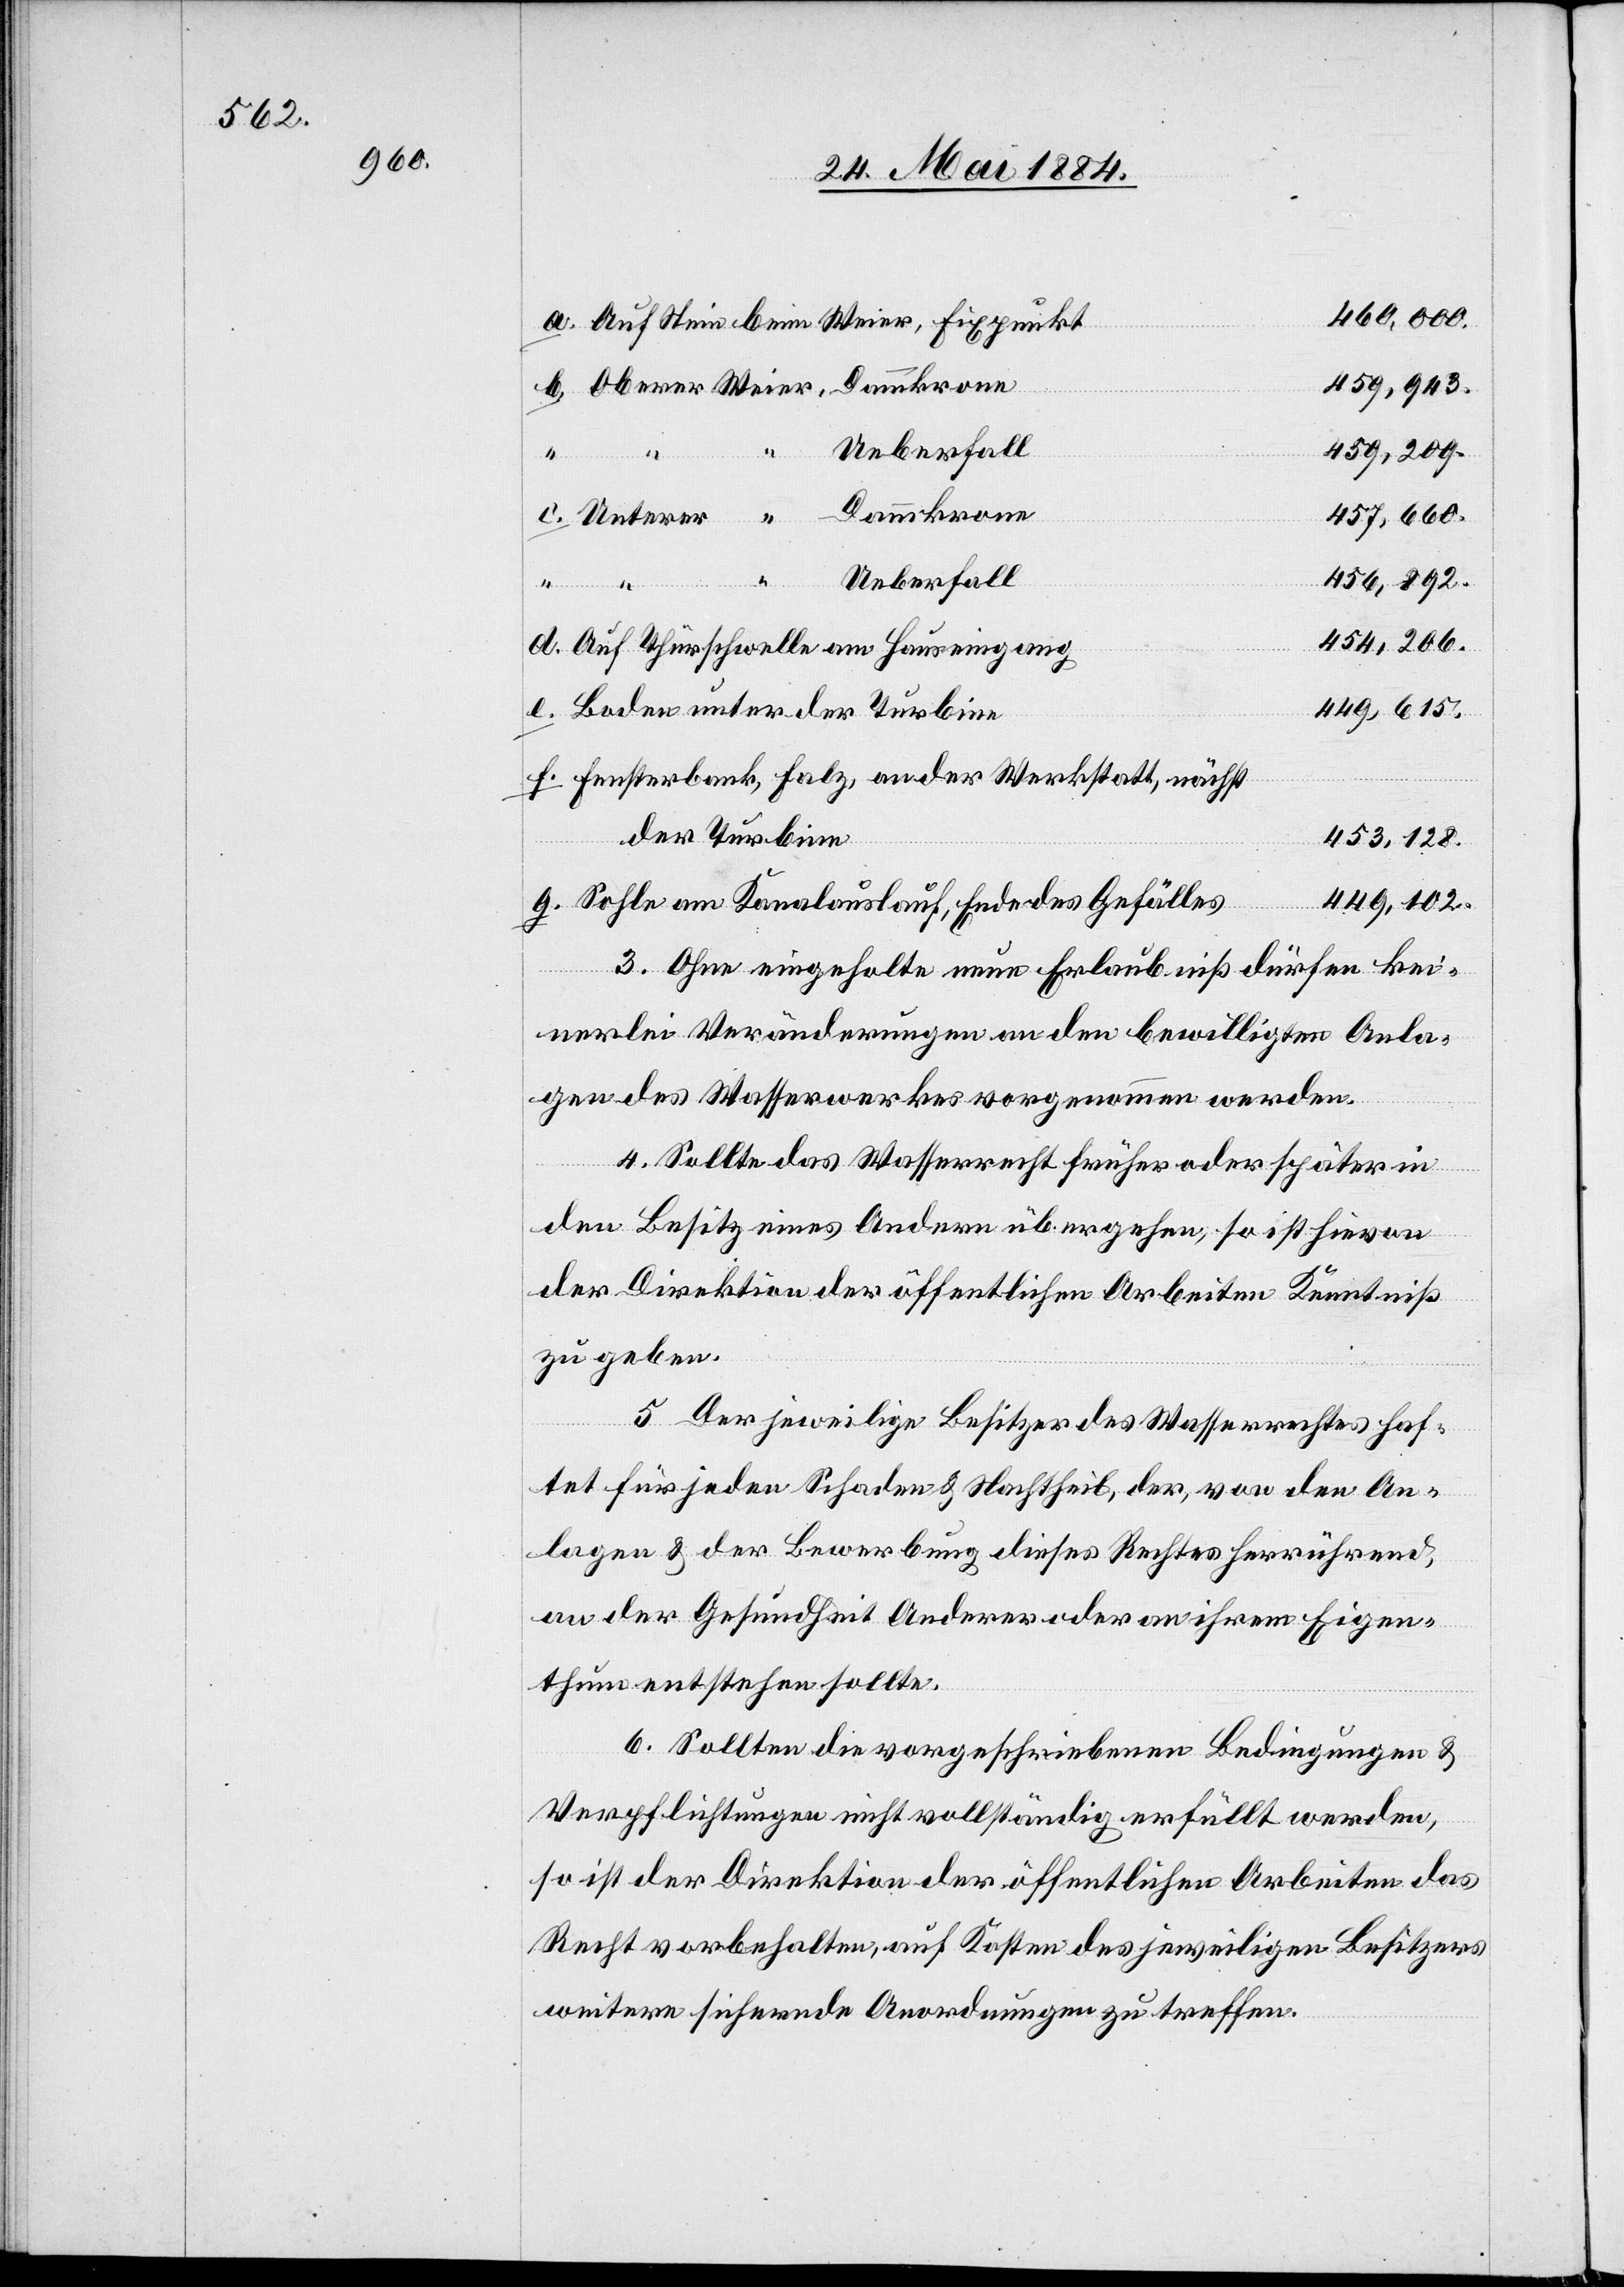
460,000.
459.943.
Unterer
Ueberfall
454,206.
Dammkrone
457,660.
unter
Ueberfall
456,892.
d.
Auf Thürschwelle am Hauseingang
449,615.
Fensterbank, Falz, an der Werkstatt, nächst
der Turbine
g.
453,128.
Sohle am Kanalauslauf, Ende des Gefälles
449,102.
3. Ohne eingeholte neue Erlaubniß dürfen kei¬
nerlei Veränderungen an den bewilligten Anla¬
gen des Wasserwerkes vorgenommen werden.
4. Sollte das Wasserrecht früher oder später in
den Besitz eines Andern übergehen, so ist hievon
der Direktion der öffentlichen Arbeiten Kenntniß
zu geben.
5. Der jeweilige Besitzer des Wasserrechtes haf¬
tet für jeden Schaden & Nachtheil, der, von den An¬
lagen & der Bewerbung dieses Rechtes herrühend,
an der Gesundheit Anderer oder an ihrem Eigen¬
thum entstehen sollte.
6. Sollten die vorgeschriebenen Bedingungen &
Verpflichtungen nicht vollständig erfüllt werden,
so ist der Direktion der öffentlichen Arbeiten das
Recht vorbehalten, auf Kosten des jeweiligen Besitzers
weitere sichernde Anordnungen zu treffen.